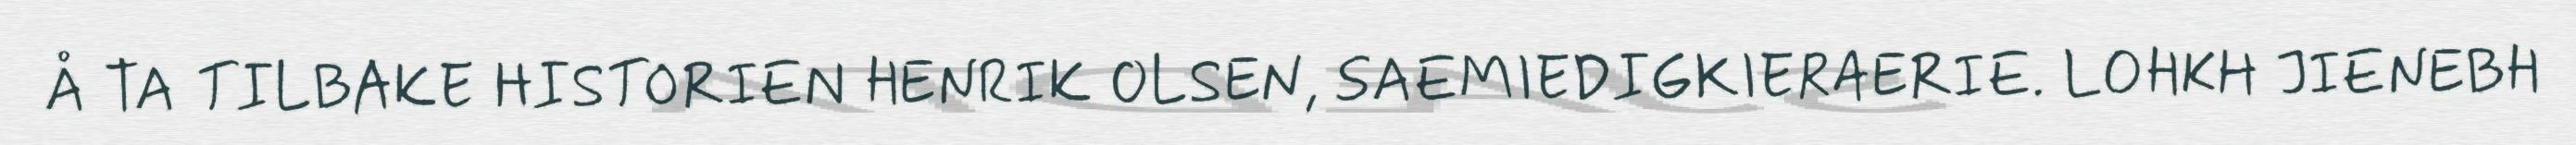
Å TA TILBAKE HISTORIEN HENRIK OLSEN, SAEMIEDIGKIERAERIE. LOHKH JIENEBH